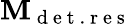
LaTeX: \textbf{M}_{\mathrm{~d~e~t~.~r~e~s~}}